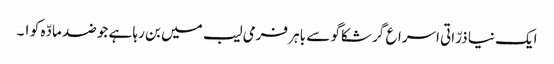
ایک نیا ذرّاتی اسراع گر شکاگو سے باہر فرمی لیب میں بن رہا ہے جو ضد مادّہ کو ١۔